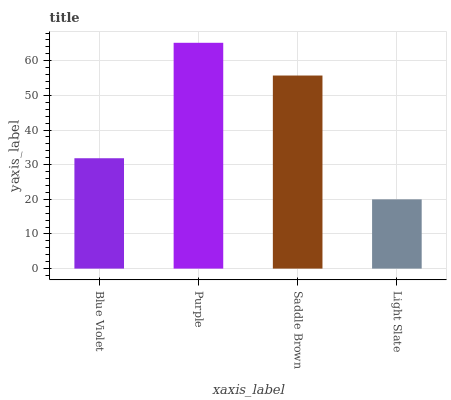
| xaxis_label | bars |
 | --- | --- |
 | Blue Violet | 31.9 |
 | Purple | 65.2 |
 | Saddle Brown | 55.7 |
 | Light Slate | 20 |